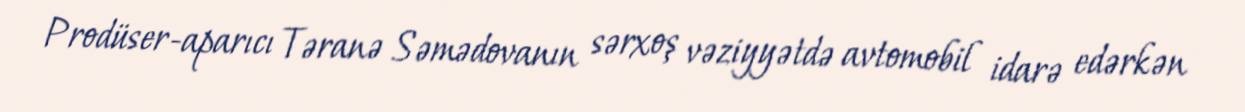
Prodüser-aparıcı Təranə Səmədovanın sərxoş vəziyyətdə avtomobil idarə edərkən